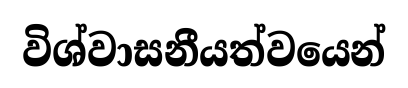
විශ්වාසනීයත්වයෙන්